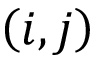
\left( i , j \right)